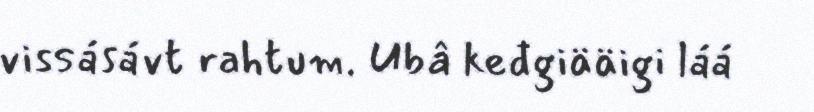
vissásávt rahtum. Ubâ keđgiääigi láá